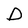
Character: D